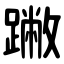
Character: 䠥